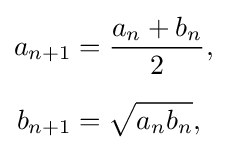
{\begin{aligned}a_{n+1}&={\frac {a_{n}+b_{n}}{2}},\\[6pt]b_{n+1}&={\sqrt {a_{n}b_{n}}},\end{aligned}}